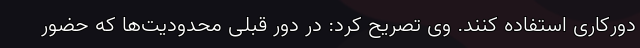
دورکاری استفاده کنند. وی تصریح کرد: در دور قبلی محدودیت‌ها که حضور